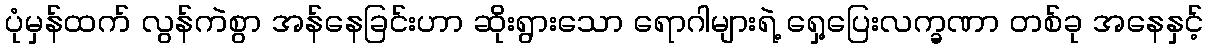
ပုံမှန်ထက် လွန်ကဲစွာ အန်နေခြင်းဟာ ဆိုးရွားသော ရောဂါများရဲ့ ရှေ့ပြေးလက္ခဏာ တစ်ခု အနေနှင့်